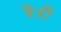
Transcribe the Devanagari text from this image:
रैरी